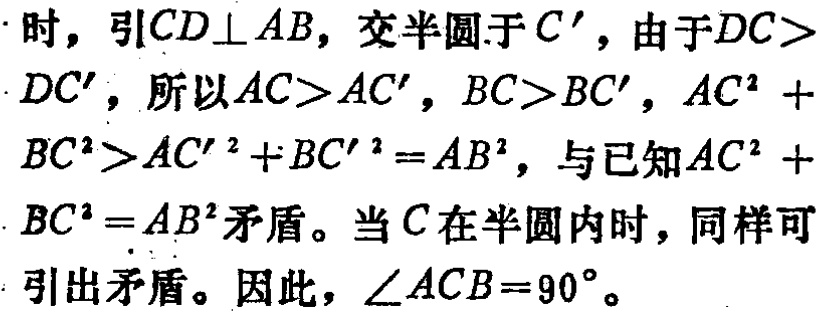
时，引\(CD\perp AB\)，交半圆于\(C'\)，由于\(DC>DC'\)，所以\(AC > AC'\)，\(BC>BC'\)，\(AC^{2}+BC^{2}>AC'^{2}+BC'^{2}=AB^{2}\)，与已知\(AC^{2}+BC^{2}=AB^{2}\)矛盾。当\(C\)在半圆内时，同样可引出矛盾。因此，\(\angle ACB = 90^{\circ}\)。